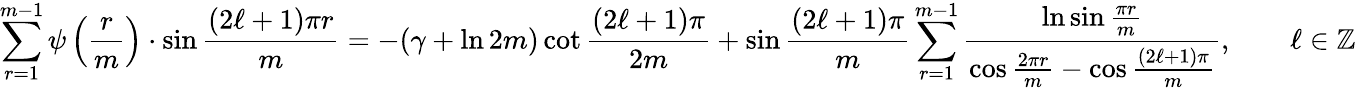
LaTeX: \sum_{r=1}^{m-1}\psi\left({\frac{r}{m}}\right)\cdot\sin{\frac{(2\ell+1)\pi r}{m}}=-(\gamma+\ln 2m)\cot{\frac{(2\ell+1)\pi}{2m}}+\sin{\frac{(2\ell+1)\pi}{m}}\sum_{r=1}^{m-1}{\frac{\ln\sin{\frac{\pi r}{m}}}{\cos{\frac{2\pi r}{m}}-\cos{\frac{(2\ell+1)\pi}{m}}}},\qquad\ell\in\mathbb{Z}